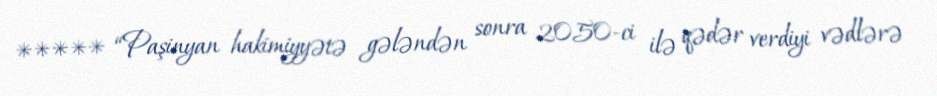
***** “Paşinyan hakimiyyətə gələndən sonra 2050-ci ilə qədər verdiyi vədlərə